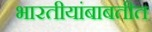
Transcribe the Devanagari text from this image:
भारतीयांबाबतीत